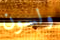
ولسون